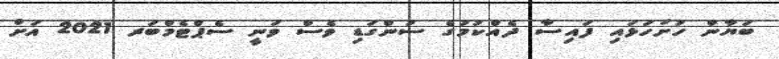
ބަޔާން ހުށަހަޅައި ފައިސާ ދެއްކުމުގެ ސުންގަޑި ވެސް ވަނީ ސެޕްޓެމްބަރ 2021 އަށް